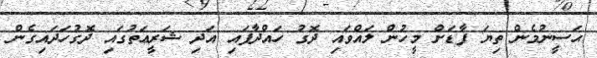
ޙަސީނުމެން ތިޔަ ފާޑަށް މީހުން ލައްވައި ދޮގު ހައްދާފައި އަދި ޝަރީޢަތުގައި ދޮގުހަދައިގެން